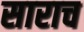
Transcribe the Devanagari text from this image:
साराच